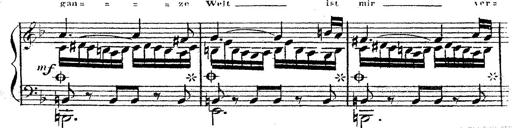
Title: 12 Lieder von Franz Schubert
Composer: Franz Liszt